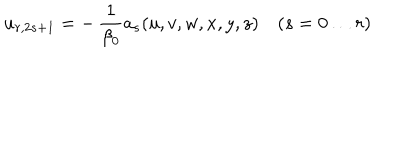
LaTeX: u _ { r , 2 s + 1 } = - \, \frac { 1 } { \beta _ { 0 } } a _ { s } ( u , v , w , x , y , z ) \quad ( s = 0 \ldots r )